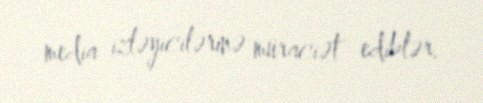
media izləyicilərinə müraciət ediblər.